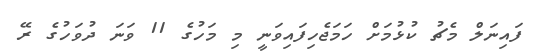
ފައިނަލް މެޗު ކުޅުމަށް ހަމަޖެހިފައިވަނީ މި މަހުގެ 11 ވަނަ ދުވަހުގެ ރޭ